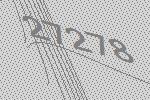
27278